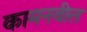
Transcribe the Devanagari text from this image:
कामनवील